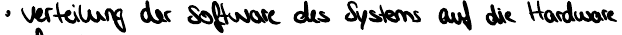
Verteilung der Software des Systems auf die Hardware